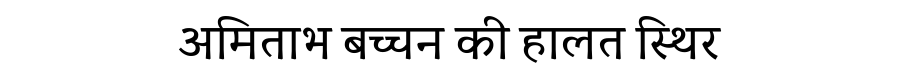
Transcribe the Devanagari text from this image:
अमिताभ बच्चन की हालत स्थिर